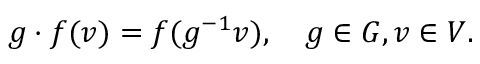
g \cdot f ( v ) = f ( g ^ { - 1 } v ) , \quad g \in G , v \in V .